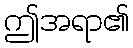
ဤအရာ၏